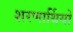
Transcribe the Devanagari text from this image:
शरणार्थियो